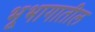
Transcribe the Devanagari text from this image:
भूभागातील